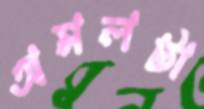
অমলটা